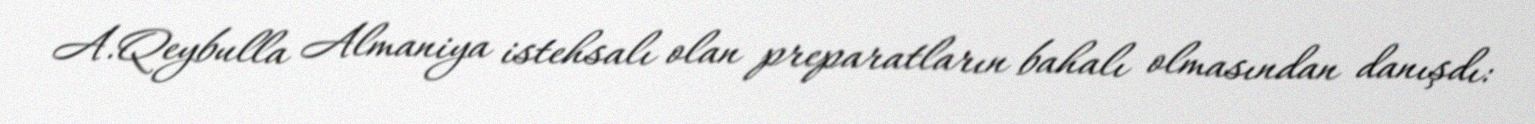
A.Qeybulla Almaniya istehsalı olan preparatların bahalı olmasından danışdı: